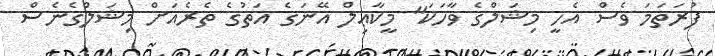
ފުރަތަމަ ވެސް އެހީ މިޝަލްގެ ވާހަކަ" މީކާޢިލް އޭނަގެ އަތުގެ ތެރެއަށް މިޝަލްގެނެސް